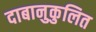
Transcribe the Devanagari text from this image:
दाबानुकुलित